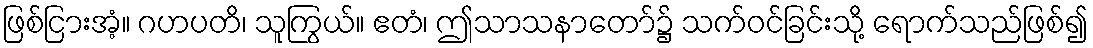
ဖြစ်ငြားအံ့။ ဂဟပတိ၊ သူကြွယ်။ ဧတံ၊ ဤသာသနာတော်၌ သက်ဝင်ခြင်းသို့ ရောက်သည်ဖြစ်၍